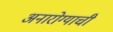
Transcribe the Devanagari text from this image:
अनारोग्याची